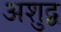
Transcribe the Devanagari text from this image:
अशुद्व